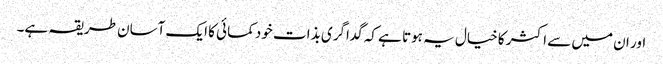
اور ان میں سے اکثر کا خیال یہ ہوتا ہے کہ گداگری بذات خود کمائی کا ایک آسان طریقہ ہے۔